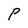
Character: P